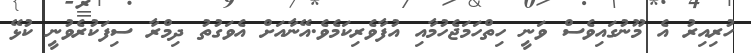
ހުރިއިރު އެ މޫނުގައިވެސް ވަނީ ހިތްހަމަޖެހުމާއި އުފާވެރިކަމެވެ.އޭނާއަށް އެވަގުތު ދިމްރާ ސިފަކުރެވުނީ ކުޅޭ